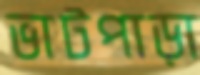
ভাটপাড়া